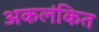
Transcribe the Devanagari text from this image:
अकलंकित